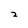
Character: 2